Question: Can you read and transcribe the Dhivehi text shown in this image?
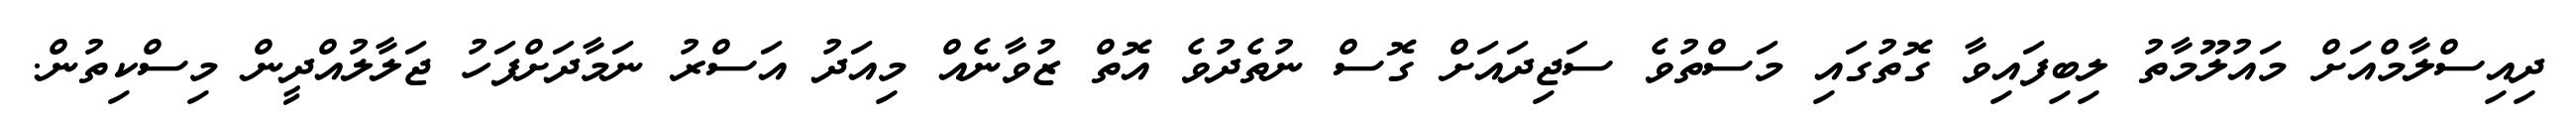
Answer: ދިއިސްލާމްއަށް މައުލޫމާތު ލިބިފައިވާ ގޮތުގައި މަސްތުވެ ސަޖިދައަށް ގޮސް ނުތެދުވެ އޮތް ޒުވާނެއް މިއަދު އަސްރު ނަމާދަށްފަހު ޖަލާލުއްދީން މިސްކިތުން.